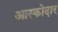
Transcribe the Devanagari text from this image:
आस्कोदार